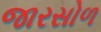
જારસોળ